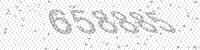
Solution: 658885